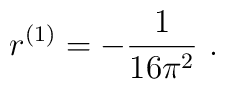
r^ {(1)} = - \frac {1} {16 \pi^ 2} \ .